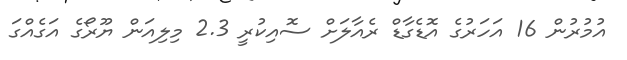
އުމުރުން 16 އަހަރުގެ އޮޑެގާޑް ރެއާލަށް ސޮއިކުރީ 2.3 މިލިއަން ޔޫރޯގެ އަގެއްގަ